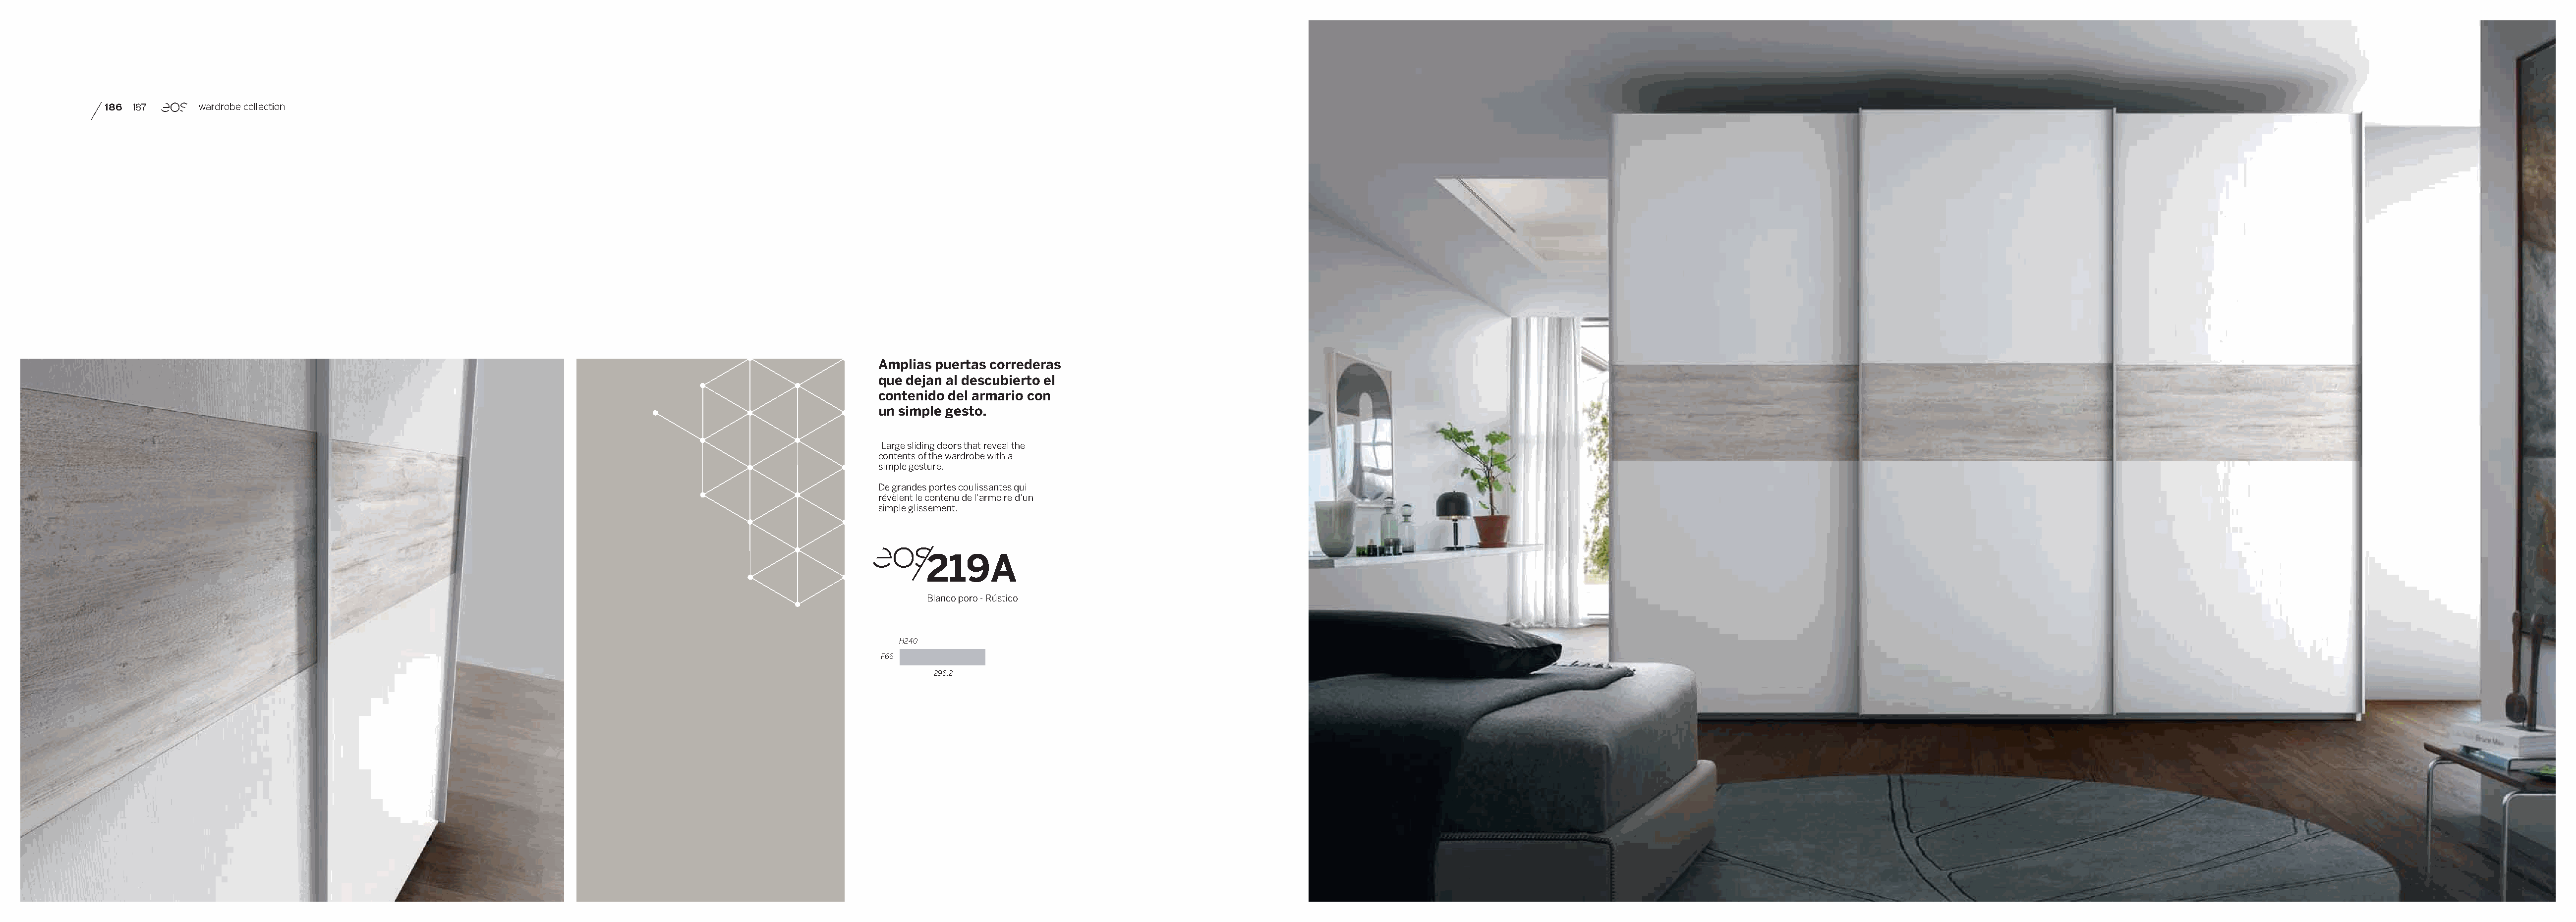
186 187      wardrobe collection
 Amplias puertas correderas
 que dejan al descubierto el
 contenido del armario con
 un simple gesto.
 Large sliding doors that reveal the
 contents of the wardrobe with a
 simple gesture.
 De grandes portes coulissantes qui
 révèlent le contenu de l’armoire d’un
 simple glissement.
 219A
 Blanco poro - Rústico
 H240
 F66
 296,2